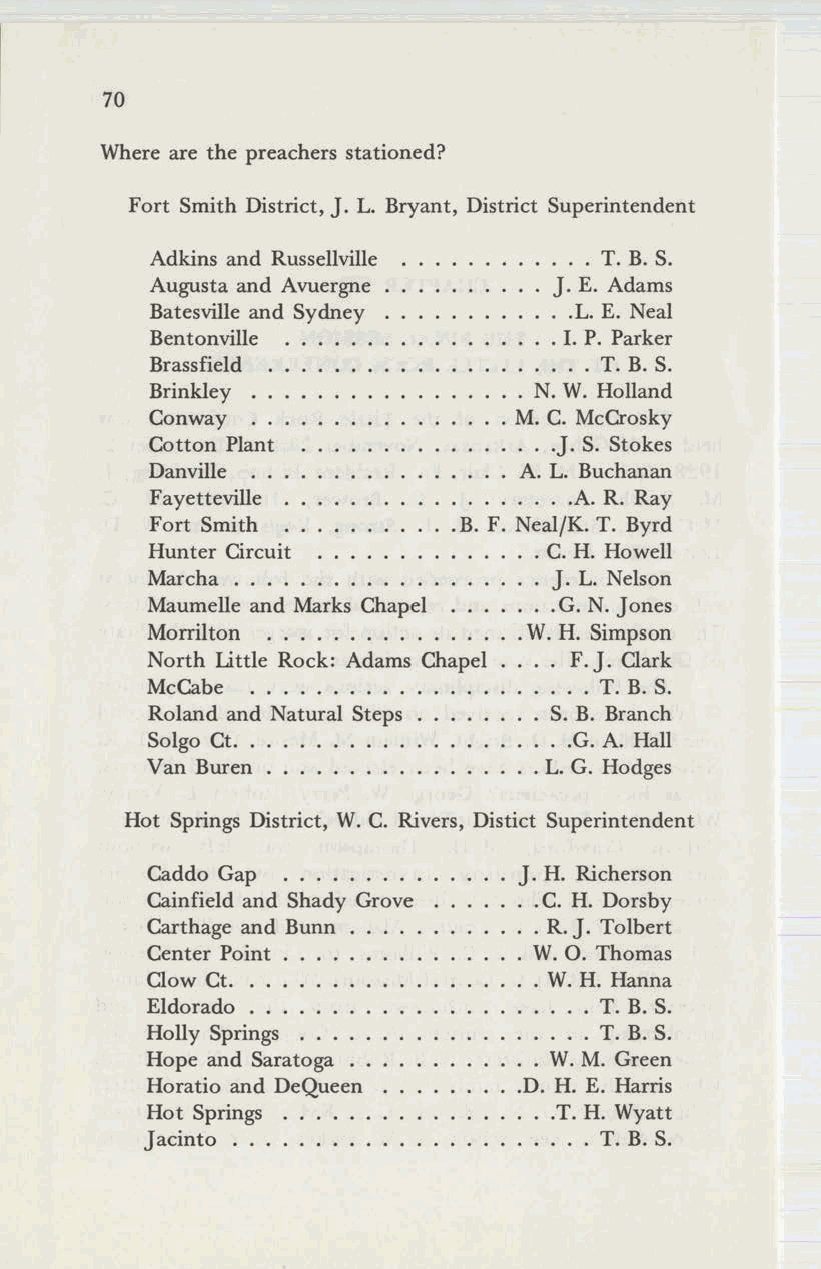
70
 Where are the preachers stationed?
 Fort Smith District, J. L. Bryant, District Superintendent
 Adkins and Russellville   · .. T. B. S.
 Augusta and Avuergne       J. E. Adams
 Batesville and Sydney     · .L. E. Neal
 Bentonville               .1. P. Parker
 Brassfield                · .. T. B. S.
 Brinkley ..             · N. W. Holland
 Conway                 · M. C. McCrosky
 Cotton Plant            · . .J. S. Stokes
 Danville               · A. L. Buchanan
 Fayetteville .         · ....A. R. Ray
 Fort Smith          .B. F. Neal/K. T. Byrd
 Hunter Circuit           · C. H. Howell
 Marcha .....            · . J. L. Nelson
 Maumelle and Marks Chapel · ..G. N. Jones
 Morrilton          .    ·W. H. Simpson
 North Little Rock: Adams Chapel · F.J. Clark
 McCabe          .         · .. T. B. S.
 Roland and Natural Steps  S. B. Branch
 Solgo Ct..                · .G. A. Hall
 Van Buren       .        ·L. G. Hodges
 Hot Springs District, W. C. Rivers, Distict Superintendent
 Caddo Gap         .     J. H. Richerson
 Cainfield and Shady Grove · .C. H. Dorsby
 Carthage and Bunn       · . R. J. Tolbert
 Center Point            · W.O. Thomas
 Clow Ct  .               · W. H. Hanna
 Eldorado .               ·    T. B. S.
 Holly Springs            ·    T. B. S.
 Hope and Saratoga        · W. M. Green
 Horatio and DeQueen     .D. H. E. Harris
 Hot Springs               .T. H. Wyatt
 Jacinto       .         · .... T. B. S.